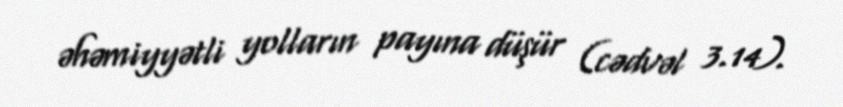
əhəmiyyətli yolların payına düşür (cədvəl 3.14).